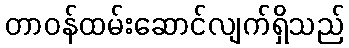
တာဝန်ထမ်းဆောင်လျက်ရှိသည်